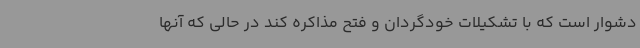
دشوار است که با تشکیلات خودگردان و فتح مذاکره کند در حالی که آنها